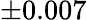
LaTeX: \pm 0.007